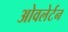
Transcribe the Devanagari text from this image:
ओवलेर्टन